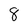
Character: 8